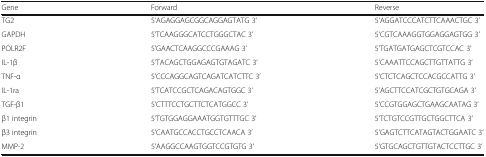
<table><thead><tr><td><b>Gene</b></td><td><b>Forward</b></td><td><b>Reverse</b></td></tr></thead><tbody><tr><td>TG2</td><td>5’AGAGGAGCGGCAGGAGTATG 3’</td><td>5’AGGATCCCATCTTCAAACTGC 3’</td></tr><tr><td>GAPDH</td><td>5’TCAAGGGCATCCTGGGCTAC 3’</td><td>5’CGTCAAAGGTGGAGGAGTGG 3’</td></tr><tr><td>POLR2F</td><td>5’GAACTCAAGGCCCGAAAG 3’</td><td>5’TGATGATGAGCTCGTCCAC 3’</td></tr><tr><td>IL-1β</td><td>5’TACAGCTGGAGAGTGTAGATC 3’</td><td>5’CAAATTCCAGCTTGTTATTG 3’</td></tr><tr><td>TNF-α</td><td>5’CCCAGGCAGTCAGATCATCTTC 3’</td><td>5’CTCTCAGCTCCACGCCATTG 3’</td></tr><tr><td>IL-1ra</td><td>5’TCATCCGCTCAGACAGTGGC 3’</td><td>5’AGCTTCCATCGCTGTGCAGA 3’</td></tr><tr><td>TGF-β1</td><td>5’CTTTCCTGCTTCTCATGGCC 3’</td><td>5’CCGTGGAGCTGAAGCAATAG 3’</td></tr><tr><td>β1 integrin</td><td>5’TGTGGAGGAAATGGTGTTTGC 3’</td><td>5’TCTGTCCGTTGCTGGCTTCA 3’</td></tr><tr><td>β3 integrin</td><td>5’CAATGCCACCTGCCTCAACA 3’</td><td>5’GAGTCTTCATAGTACTGGAATC 3’</td></tr><tr><td>MMP-2</td><td>5’AAGGCCAAGTGGTCCGTGTG 3’</td><td>5’GTGCAGCTGTTGTACTCCTTGC 3’</td></tr></tbody></table>